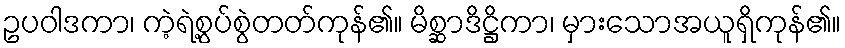
ဥပဝါဒကာ၊ ကဲ့ရဲ့စွပ်စွဲတတ်ကုန်၏။ မိစ္ဆာဒိဋ္ဌိကာ၊ မှားသောအယူရှိကုန်၏။